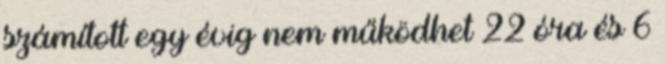
számított egy évig nem működhet 22 óra és 6